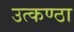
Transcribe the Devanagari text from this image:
उत्‍कण्‍ठा